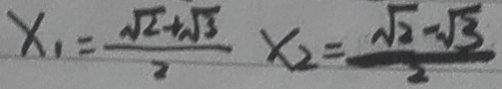
x _ { 1 } = \frac { \sqrt { 2 } + \sqrt { 3 } } { 2 } x _ { 2 } = \frac { \sqrt { 3 } - \sqrt { 3 } } { 2 }